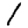
Digit: 1